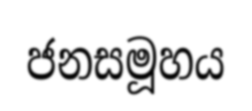
ජනසමූහය